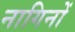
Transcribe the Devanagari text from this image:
नागिनों